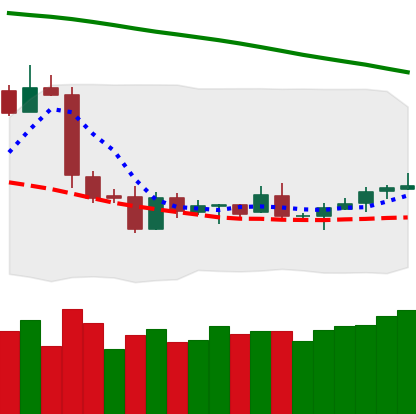
Ticker: LTC-USD
Chart end date: 2019-01-26
Forward return: -4.52%
Label: down_3_5